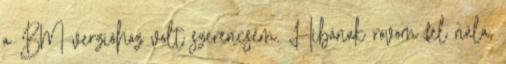
a BM verzióhoz volt szerencsém. Hibának rovom fel nála,